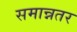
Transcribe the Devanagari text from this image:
समान्नतर